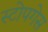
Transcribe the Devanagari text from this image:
स्टोपगेस